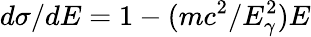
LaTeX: d\sigma/dE=1-(mc^{2}/E_{\gamma}^{2})E